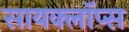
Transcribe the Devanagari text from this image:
सायक्लॉप्स